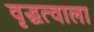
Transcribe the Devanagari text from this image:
वृद्धत्वाला